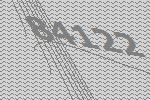
84122